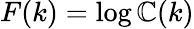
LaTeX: F(k)=\log\mathbb{C}(k)